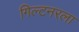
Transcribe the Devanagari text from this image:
गिल्टनरला